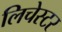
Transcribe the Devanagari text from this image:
लिचेस्टर